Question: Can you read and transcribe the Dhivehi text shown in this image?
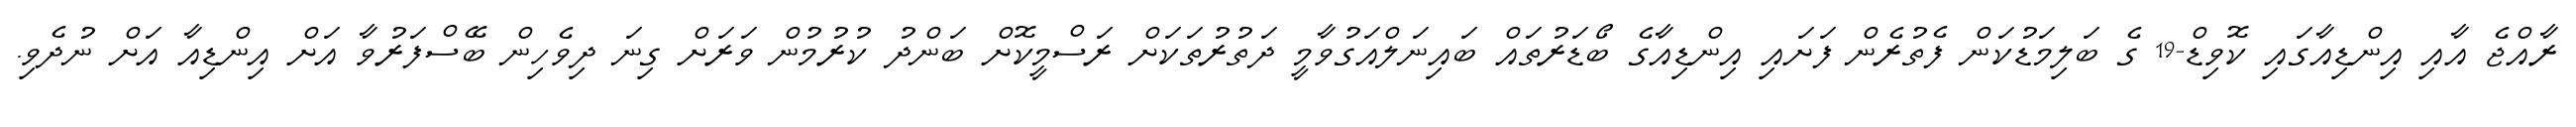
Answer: ރާއްޖެ އާއި އިންޑިއާގައި ކޮވިޑް-19 ގެ ބަލިމަޑުކަން ފެތުރެން ފަށައި އިންޑިއާގެ ބޯޑަރުތައް ބައިނަލްއަގުވާމީ ދަތުރުތަކަށް ރަސްމީކޮށް ބަންދު ކުރުމުން ވަރަށް ގިނަ ދިވެހިން ބޭސްފަރުވާ އަށް އިންޑިއާ އަށް ނުދެވި.